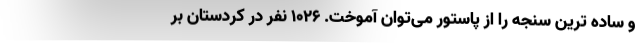
و ساده ترین سنجه را از پاستور می‌توان آموخت. 1026 نفر در کردستان بر